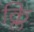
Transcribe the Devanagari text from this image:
क्लि